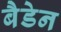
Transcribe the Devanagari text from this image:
बैडेन